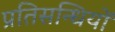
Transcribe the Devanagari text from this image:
प्रतिसन्धियों